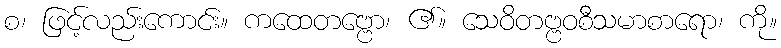
စ၊ ဖြင့်လည်းကောင်း။ ကထေတဗ္ဗော၊ ၏။ သေဝိတဗ္ဗဝစီသမာစာရော၊ ကို။